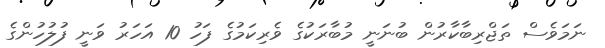
ނަމަވެސް ތަޖްރިބާކާރުން ބުނަނީ މުބާރަކުގެ ވެރިކަމުގެ ފަހު 10 އަހަރު ވަނީ ފުލުހުންގެ